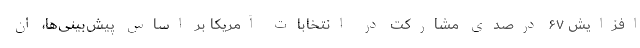
افزایش ۶۷ درصدی مشارکت در انتخابات آمریکا بر اساس پیش‌بینی‌ها، ان